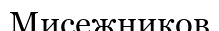
Мисежников